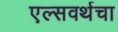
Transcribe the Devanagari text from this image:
एल्सवर्थचा